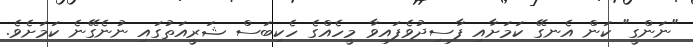
"ނަންގީ" ކަން އެނގޭ ކަމަށާއި ފާސިދުވެފައިވާ މީހެއްގެ ހެކިބަސް ޝަރީއަތުގައި ނުނެގޭނެ ކަމަށެވެ.